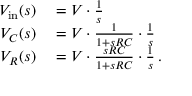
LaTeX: \begin{array} { r l } { V _ { \mathrm { i n } } ( s ) } & { { } = V \cdot { \frac { 1 } { s } } } \\ { V _ { C } ( s ) } & { { } = V \cdot { \frac { 1 } { 1 + s R C } } \cdot { \frac { 1 } { s } } } \\ { V _ { R } ( s ) } & { { } = V \cdot { \frac { s R C } { 1 + s R C } } \cdot { \frac { 1 } { s } } \, . } \end{array}